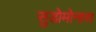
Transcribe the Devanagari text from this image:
सुडोमोनास